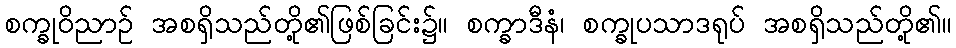
စက္ခုဝိညာဉ် အစရှိသည်တို့၏ဖြစ်ခြင်း၌။ စက္ခာဒီနံ၊ စက္ခုပသာဒရုပ် အစရှိသည်တို့၏။